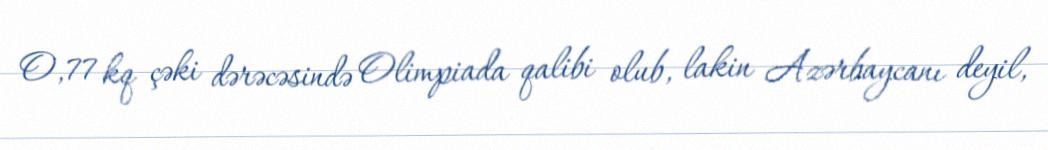
O, 77 kq çəki dərəcəsində Olimpiada qalibi olub, lakin Azərbaycanı deyil,